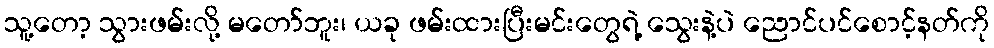
သူ့တော့ သွားဖမ်းလို့ မတော်ဘူး၊ ယခု ဖမ်းထားပြီးမင်းတွေရဲ့ သွေးနဲ့ပဲ ညောင်ပင်စောင့်နတ်ကို